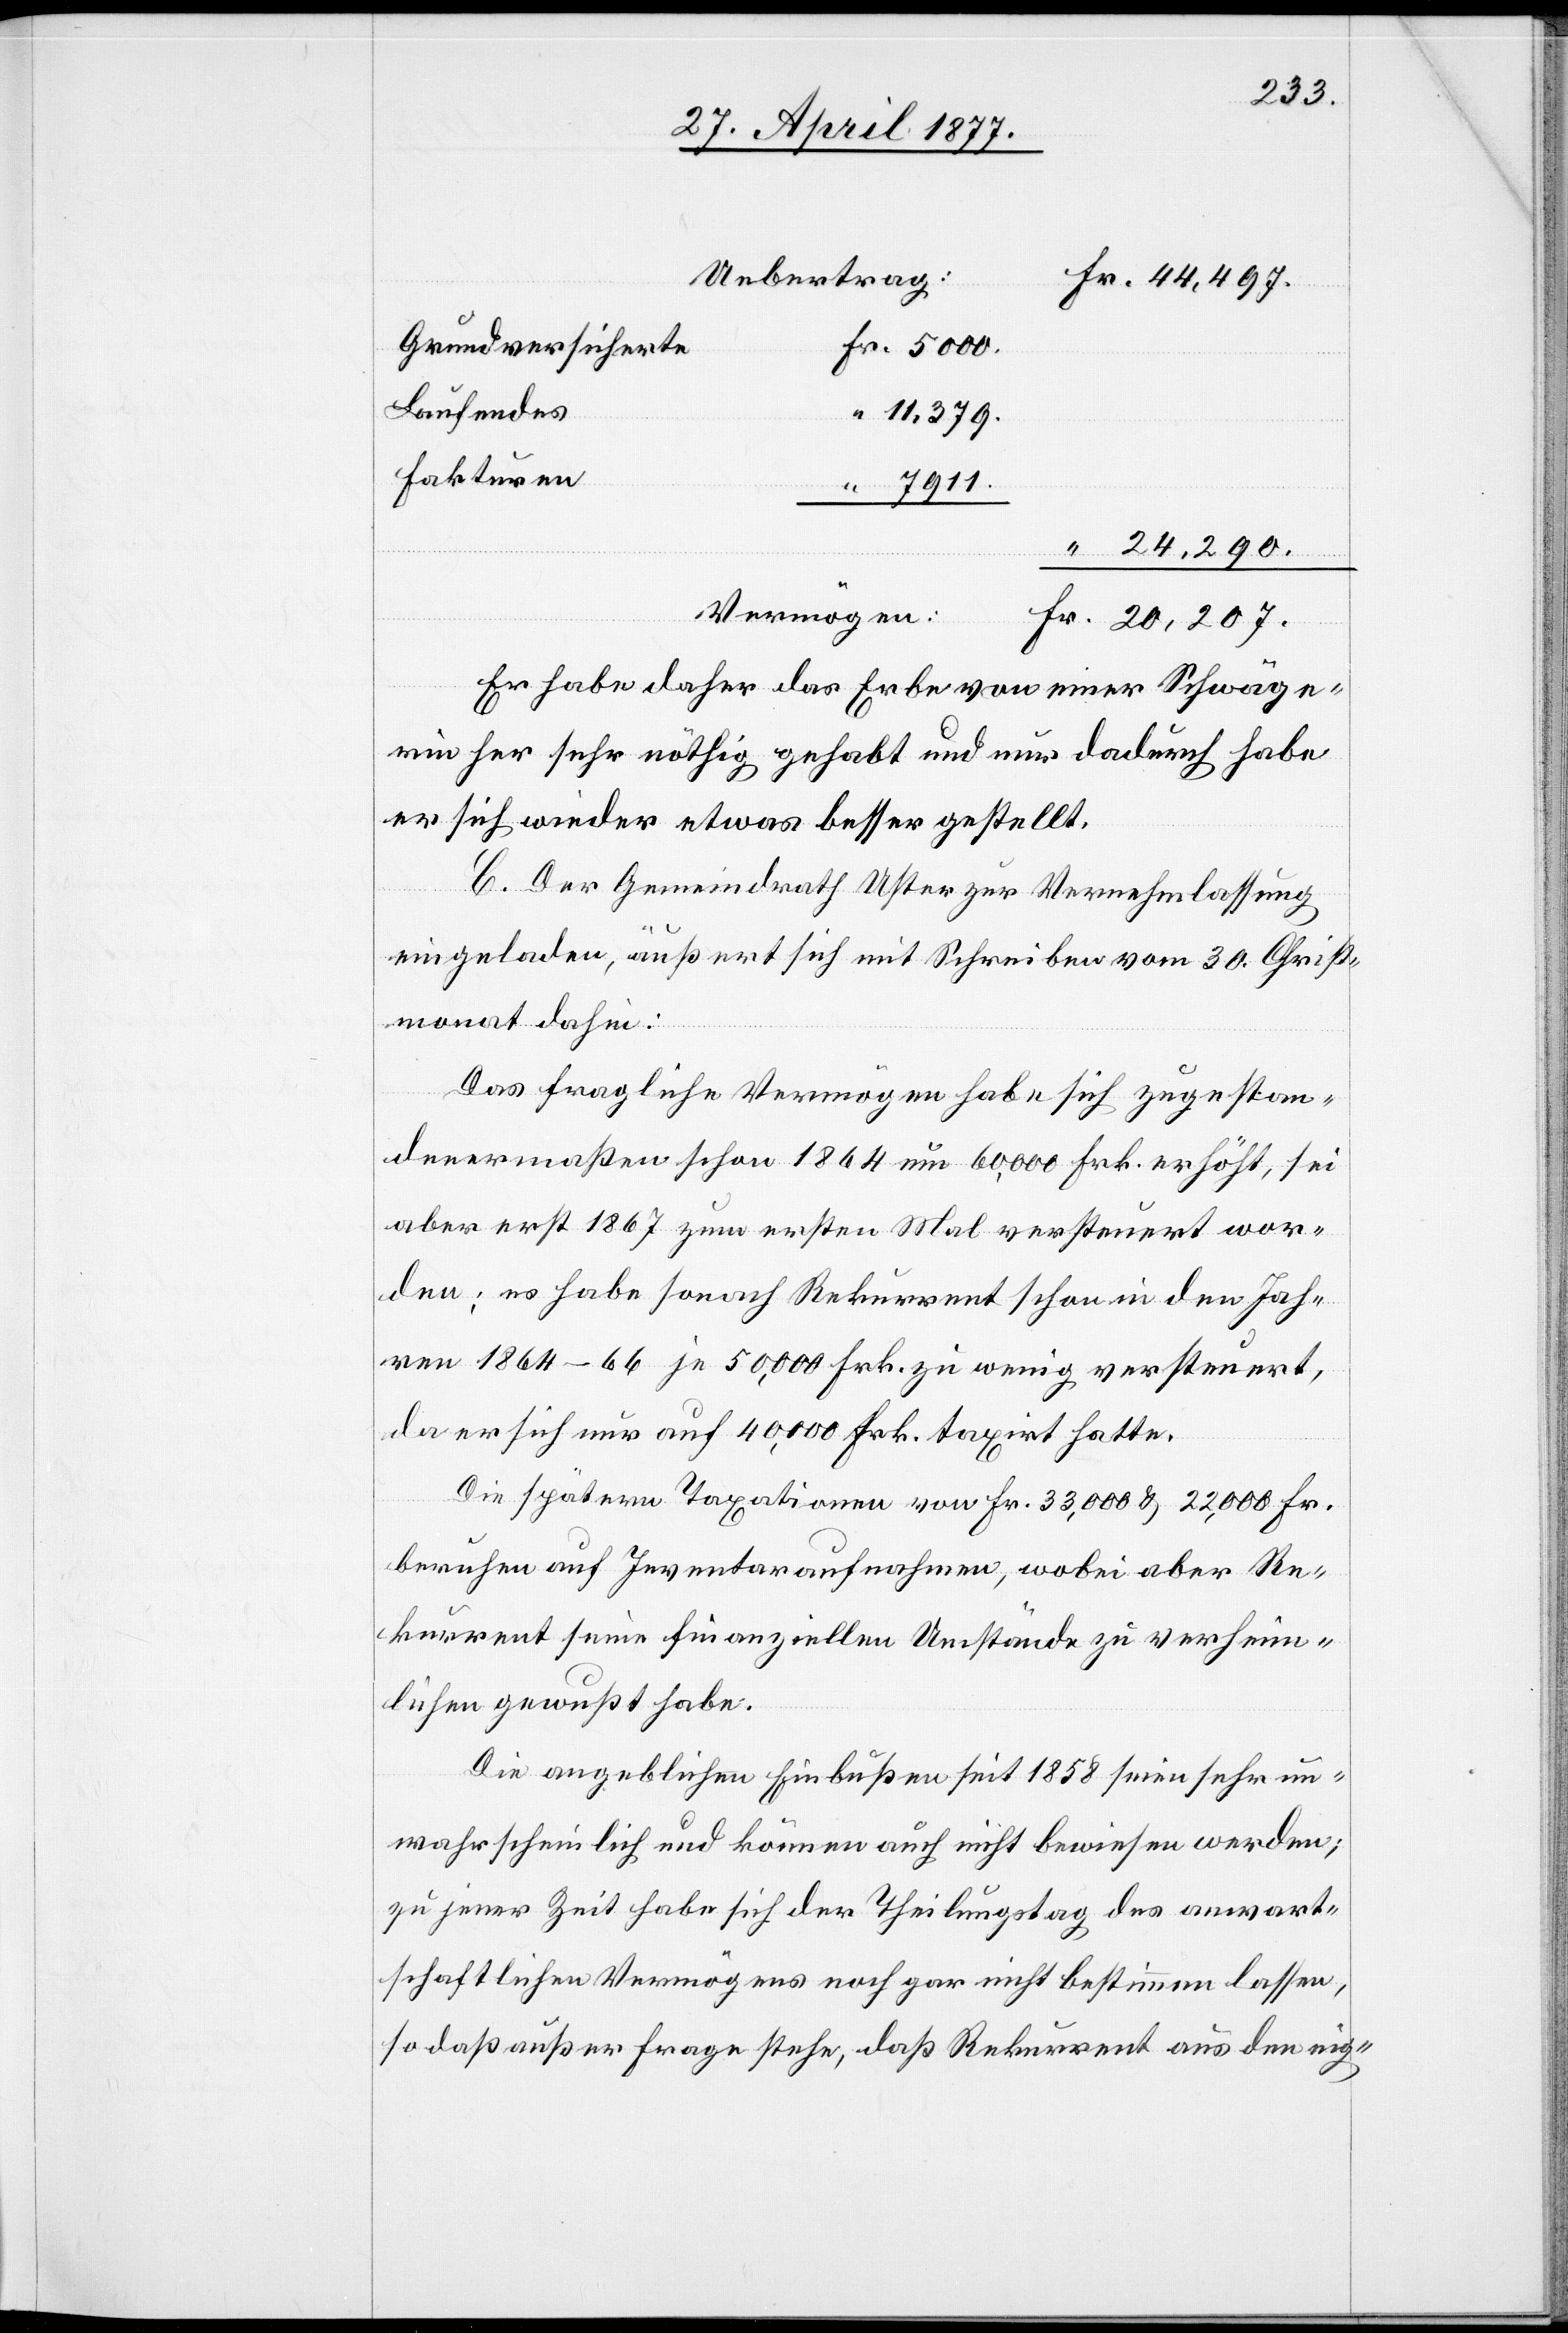
Uebertrag:
Grundversicherte
Laufendes
11,379
Fakturen
“
Vermögen:
Fr.
Er habe daher das Erbe von einer Schwäge¬
rin her sehr nöthig gehabt und nur dadurch habe
er sich wieder etwas besser gestellt.
C. Der Gemeindrath Uster zur Vernehmlassung
eingeladen, äußert sich mit Schreiben vom 30. Christ¬
monat dahin:
Das fragliche Vermögen habe sich zugestan¬
denermaßen schon 1864 um 60,000 Frk. erhöht, sei
aber erst 1867 zum ersten Mal versteuert wor¬
den; es habe sonach Rekurrent schon in den Jah¬
ren 1864–66 je 50,000 Frk. zu wenig versteuert,
da er sich nur auf 40,000 Frk. taxirt hatte.
Die spätern Taxationen von Fr. 33,000 & 22,000 Fr.
beruhen auf Inventaraufnahmen, wobei aber Re¬
kurrent seine finanziellen Umstände zu verheim¬
lichen gewußt habe.
Die angeblichen Einbußen seit 1858 seien sehr un¬
wahrscheinlich und können auch nicht bewiesen werden;
zu jener Zeit habe sich der Theilungstag des anwart¬
schaftlichen Vermögens noch gar nicht bestimmen lassen,
so daß außer Frage stehe, daß Rekurrent aus den eig-